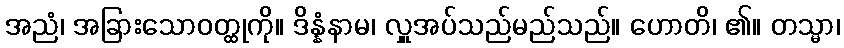
အညံ၊ အခြားသောဝတ္ထုကို။ ဒိန္နံနာမ၊ လှူအပ်သည်မည်သည်။ ဟောတိ၊ ၏။ တသ္မာ၊